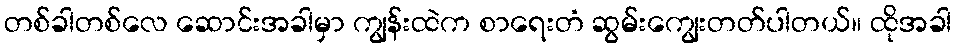
တစ်ခါတစ်လေ ဆောင်းအခါမှာ ကျွန်းထဲက စာရေးတံ ဆွမ်းကျွေးတတ်ပါတယ်။ ထိုအခါ